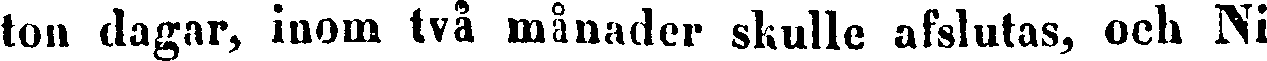
ton dagar, inom två månader skulle afslutas, och Ni